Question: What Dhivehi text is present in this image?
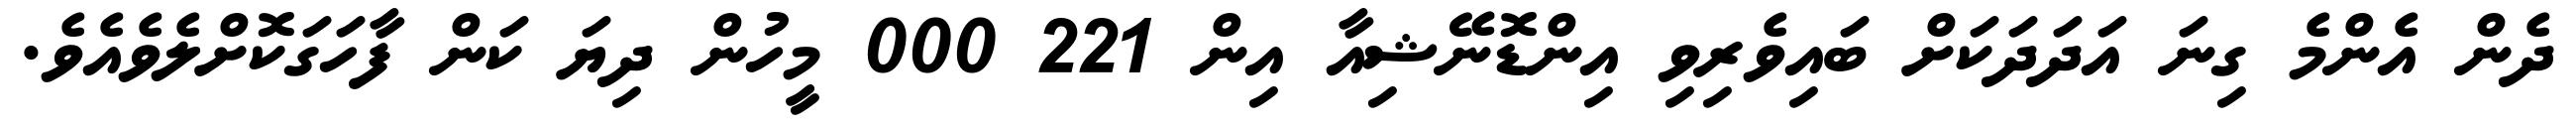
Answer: ދެން އެންމެ ގިނަ އަދަދަކަށް ބައިވެރިވި އިންޑޮނޭޝިއާ އިން 221 000 މީހުން ދިޔަ ކަން ފާހަގަކޮށްލެވެއެވެ.